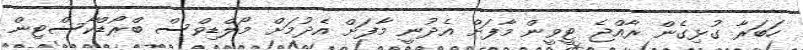
ހަބަރާ ގުޅިގެން ރާއްޖެ ޓީވީން މާފަށް އެދުނީ މާފަށް އެދުމަށް މޯލްޑިވްސް ބްރޯޑްކާސްޓިން